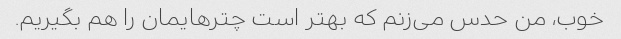
خوب، من حدس می‌زنم که بهتر است چترهایمان را هم بگیریم.